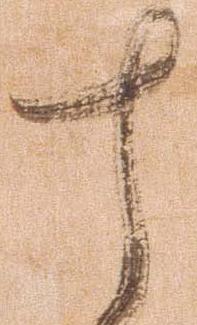
十